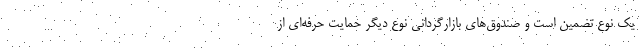
یک نوع تضمین است و صندوق‌های بازارگردانی نوع دیگر حمایت حرفه‌ای از